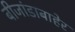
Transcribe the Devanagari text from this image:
बीजांडाबाहेर